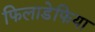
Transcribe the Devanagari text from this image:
फिलाडेफिया